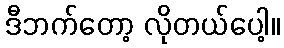
ဒီဘက်တော့ လိုတယ်ပေါ့။